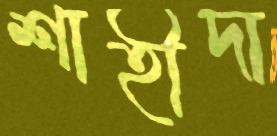
শাহীদা